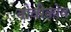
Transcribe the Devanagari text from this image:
नोवीकोव